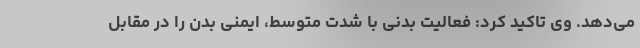
می‌دهد. وی تاکید کرد: فعالیت بدنی با شدت متوسط، ایمنی بدن را در مقابل